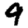
Digit: 9